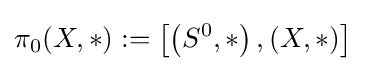
\pi _{0}(X,*):=\left[\left(S^{0},*\right),\left(X,*\right)\right]